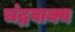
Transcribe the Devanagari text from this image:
चंद्रवाक्य